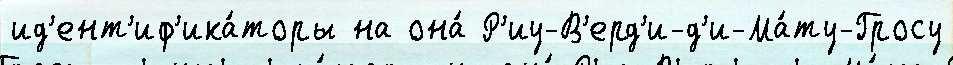
ид'ент'иф'ика́торы на она́ Р'иу-В'ерд'и-д'и-Ма́ту-Гросу